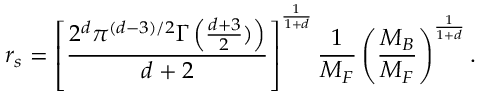
r _ { s } = \left[ \frac { 2 ^ { d } \pi ^ { ( d - 3 ) / 2 } \Gamma \left( \frac { d + 3 } { 2 } ) \right) } { d + 2 } \right] ^ { \frac { 1 } { 1 + d } } \frac { 1 } { M _ { F } } \left( \frac { M _ { B } } { M _ { F } } \right) ^ { \frac { 1 } { 1 + d } } .